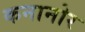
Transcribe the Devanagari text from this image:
कनानोर